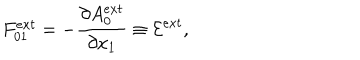
LaTeX: F _ { 0 1 } ^ { e x t } = - \frac { { \partial } A _ { 0 } ^ { e x t } } { { \partial } x _ { 1 } } \equiv { \cal E } ^ { e x t } ,